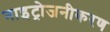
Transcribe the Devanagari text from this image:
नाइट्रोजनीकरण